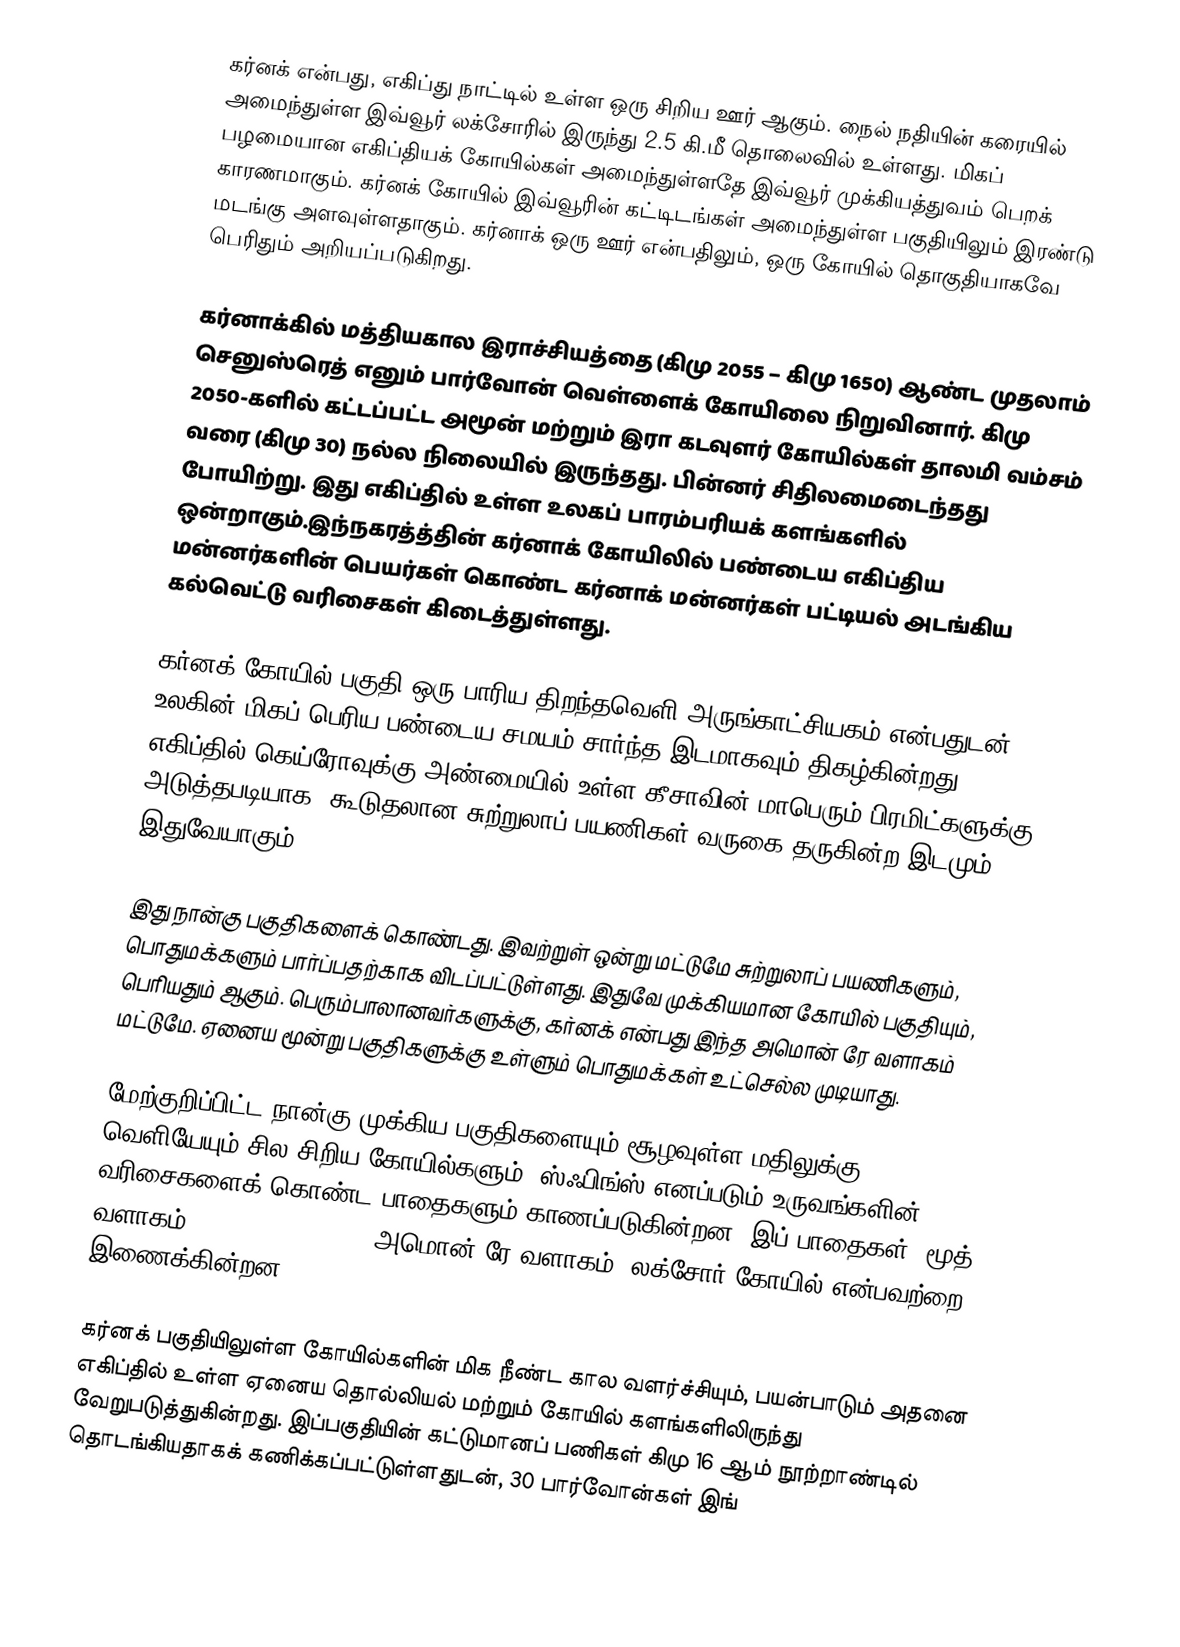
கர்னக் என்பது, எகிப்து நாட்டில் உள்ள ஒரு சிறிய ஊர் ஆகும். நைல் நதியின் கரையில் அமைந்துள்ள இவ்வூர் லக்சோரில் இருந்து 2.5 கி.மீ தொலைவில் உள்ளது. மிகப் பழமையான எகிப்தியக் கோயில்கள் அமைந்துள்ளதே இவ்வூர் முக்கியத்துவம் பெறக் காரணமாகும். கர்னக் கோயில் இவ்வூரின் கட்டிடங்கள் அமைந்துள்ள பகுதியிலும் இரண்டு மடங்கு அளவுள்ளதாகும். கர்னாக் ஒரு ஊர் என்பதிலும், ஒரு கோயில் தொகுதியாகவே பெரிதும் அறியப்படுகிறது.

கர்னாக்கில் மத்தியகால இராச்சியத்தை (கிமு 2055 – கிமு 1650) ஆண்ட முதலாம் செனுஸ்ரெத் எனும் பார்வோன் வெள்ளைக் கோயிலை நிறுவினார். கிமு 2050-களில் கட்டப்பட்ட  அமூன் மற்றும் இரா கடவுளர்  கோயில்கள் தாலமி வம்சம் வரை (கிமு 30) நல்ல நிலையில் இருந்தது. பின்னர் சிதிலமைடைந்தது போயிற்று. இது எகிப்தில் உள்ள உலகப் பாரம்பரியக் களங்களில் ஒன்றாகும்.இந்நகரத்த்தின் கர்னாக் கோயிலில் பண்டைய எகிப்திய மன்னர்களின் பெயர்கள் கொண்ட கர்னாக் மன்னர்கள் பட்டியல் அடங்கிய கல்வெட்டு வரிசைகள் கிடைத்துள்ளது.

கர்னக் கோயில் பகுதி ஒரு பாரிய திறந்தவெளி அருங்காட்சியகம் என்பதுடன், உலகின் மிகப் பெரிய பண்டைய சமயம் சார்ந்த இடமாகவும் திகழ்கின்றது. எகிப்தில் கெய்ரோவுக்கு அண்மையில் உள்ள கீசாவின் மாபெரும் பிரமிட்களுக்கு அடுத்தபடியாக, கூடுதலான சுற்றுலாப் பயணிகள் வருகை தருகின்ற இடமும் இதுவேயாகும்.

இது நான்கு பகுதிகளைக் கொண்டது. இவற்றுள் ஒன்று மட்டுமே சுற்றுலாப் பயணிகளும், பொதுமக்களும் பார்ப்பதற்காக விடப்பட்டுள்ளது. இதுவே முக்கியமான கோயில் பகுதியும், பெரியதும் ஆகும். பெரும்பாலானவர்களுக்கு, கர்னக் என்பது இந்த அமொன் ரே வளாகம்  மட்டுமே. ஏனைய மூன்று பகுதிகளுக்கு உள்ளும் பொதுமக்கள் உட்செல்ல முடியாது.

மேற்குறிப்பிட்ட நான்கு முக்கிய பகுதிகளையும் சூழவுள்ள மதிலுக்கு வெளியேயும் சில சிறிய கோயில்களும், ஸ்ஃபிங்ஸ் எனப்படும் உருவங்களின் வரிசைகளைக் கொண்ட பாதைகளும் காணப்படுகின்றன. இப் பாதைகள், மூத் வளாகம் (Precinct of Mut), அமொன் ரே வளாகம், லக்சோர் கோயில் என்பவற்றை இணைக்கின்றன.

கர்னக் பகுதியிலுள்ள கோயில்களின் மிக நீண்ட கால வளர்ச்சியும், பயன்பாடும் அதனை எகிப்தில் உள்ள ஏனைய தொல்லியல் மற்றும் கோயில் களங்களிலிருந்து வேறுபடுத்துகின்றது. இப்பகுதியின் கட்டுமானப் பணிகள் கிமு 16 ஆம் நூற்றாண்டில் தொடங்கியதாகக் கணிக்கப்பட்டுள்ளதுடன், 30 பார்வோன்கள் இங்